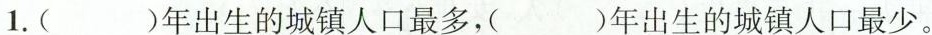
1.( )年出生的城镇人口最多，( )年出生的城镇人口最少。